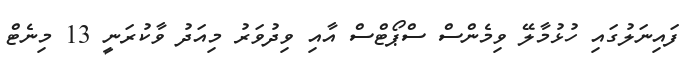
ފައިނަލުގައި ހުޅުމާލޭ ވިމެންސް ސްޕޯޓްސް އާއި ވިދުވަރު މިއަދު ވާކުރަނީ 13 މިނެޓް